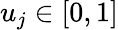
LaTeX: u_{j}\in[0,1]